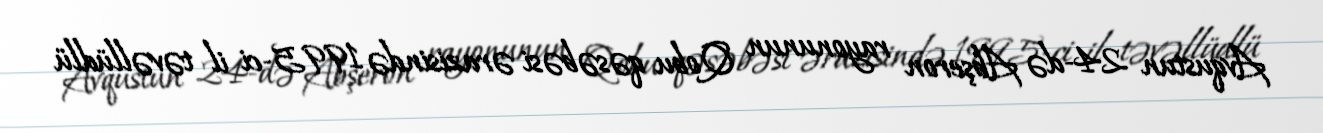
Avqustun 24-də Abşeron rayonunun Qobu qəsəbəsi ərazisində 1995-ci il təvəllüdlü